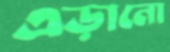
এড়ানো